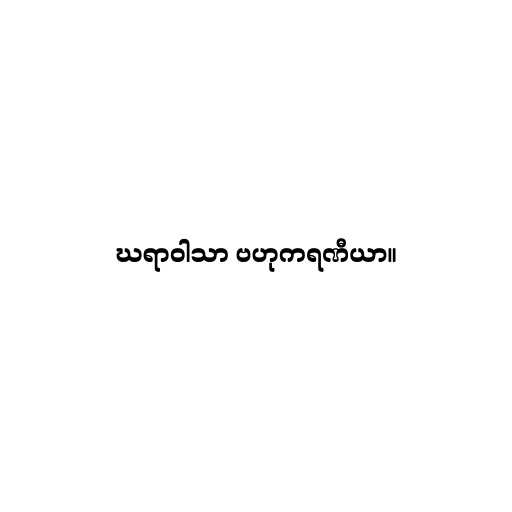
ဃရာဝါသာ ဗဟုကရဏီယာ။